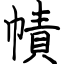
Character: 幘